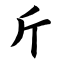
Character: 斤